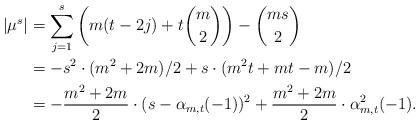
LaTeX: \begin{align*} |\mu^s|&= \sum_{j=1}^{s}\left(m(t-2j)+t\binom{m}{2}\right)-\binom{ms}{2} \\&=-s^2\cdot (m^2+2m)/{2}+s\cdot (m^2t+mt-m)/{2}\\&= - \frac{m^2+2m}{2}\cdot(s- \alpha_{m,t}(-1))^2+ \frac{m^2+2m}{2}\cdot \alpha^2_{m,t}(-1).\end{align*}